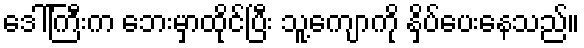
ဒေါ်ကြီးက ဘေးမှာထိုင်ပြီး သူ့ကျောကို နှိပ်ပေးနေသည်။